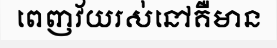
ពេញវ័យរស់នៅគឺមាន